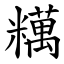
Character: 䊪